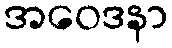
အဝေဒနာ